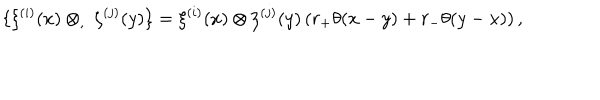
\{ \xi ^ { ( i ) } ( x ) \otimes _ { , } \ \zeta ^ { ( j ) } ( y ) \} = \xi ^ { ( i ) } ( x ) \otimes \zeta ^ { ( j ) } ( y ) \left( r _ { + } \theta ( x - y ) + r _ { - } \theta ( y - x ) \right) ,